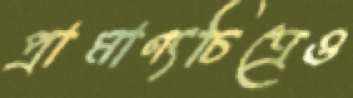
প্রামাণ্যচিত্রেও